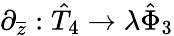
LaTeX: \partial_{\overline{{{z}}}}:\hat{T}_{4}\rightarrow\lambda\hat{\Phi}_{3}